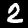
Label: 2